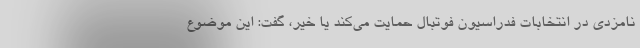
نامزدی در انتخابات فدراسیون فوتبال حمایت می‌کند یا خیر، گفت: این موضوع